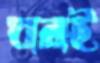
ঘরই